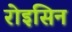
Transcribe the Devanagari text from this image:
रोइसिन